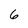
Character: 6